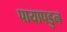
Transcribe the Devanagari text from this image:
पायापडुन